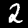
Label: 2